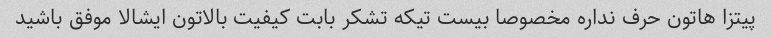
پیتزا هاتون حرف نداره مخصوصا بیست تیکه تشکر بابت کیفیت بالاتون ایشالا موفق باشید